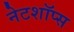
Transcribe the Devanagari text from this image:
नेटशॉप्स